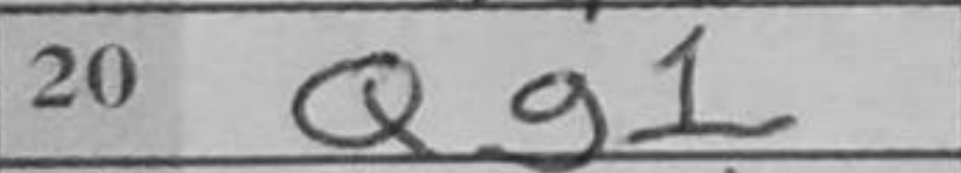
Transcription: Qg1